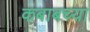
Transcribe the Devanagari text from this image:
कबाबच्या